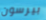
بيرسون